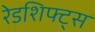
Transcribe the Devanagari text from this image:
रेडशिफ्ट्स